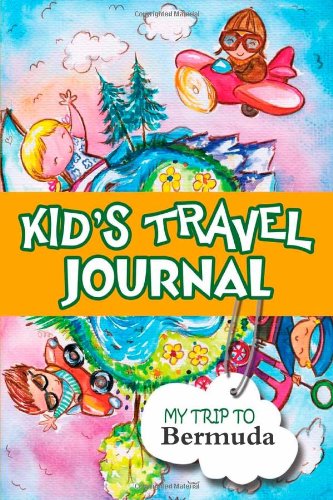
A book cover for Kids travel journal: my trip to bermuda; Bluebird Books; Travel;